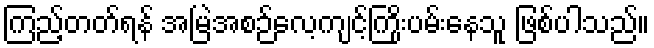
ကြည့်တတ်ရန် အမြဲအစဉ်လေ့ကျင့်ကြိုးပမ်းနေသူ ဖြစ်ပါသည်။